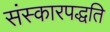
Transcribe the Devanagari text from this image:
संस्कारपद्धति